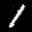
Label: 1